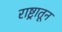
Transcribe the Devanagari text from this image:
राष्ट्रातून